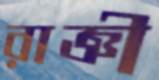
রাজ্ঞী